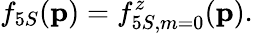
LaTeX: f_{5S}({\mathbf{p}})=f_{5S,m=0}^{z}({\mathbf{p}}).